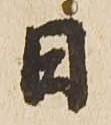
日